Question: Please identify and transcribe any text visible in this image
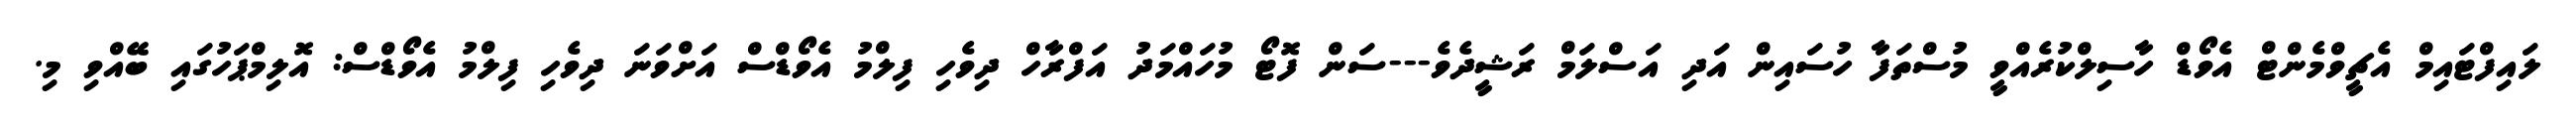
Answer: ލައިފްޓައިމް އެޗީވްމެންޓް އެވޯޑް ހާސިލްކުރެއްވީ މުސްތަފާ ހުސައިން އަދި އަސްލަމް ރަޝީދެވެ---ސަން ފޮޓޯ މުހައްމަދު އަފްރާހް ދިވެހި ފިލްމު އެވޯޑްސް އަށްވަނަ ދިވެހި ފިލްމު އެވޯޑްސް: އޮލިމްޕަހުގައި ބޭއްވި މި.